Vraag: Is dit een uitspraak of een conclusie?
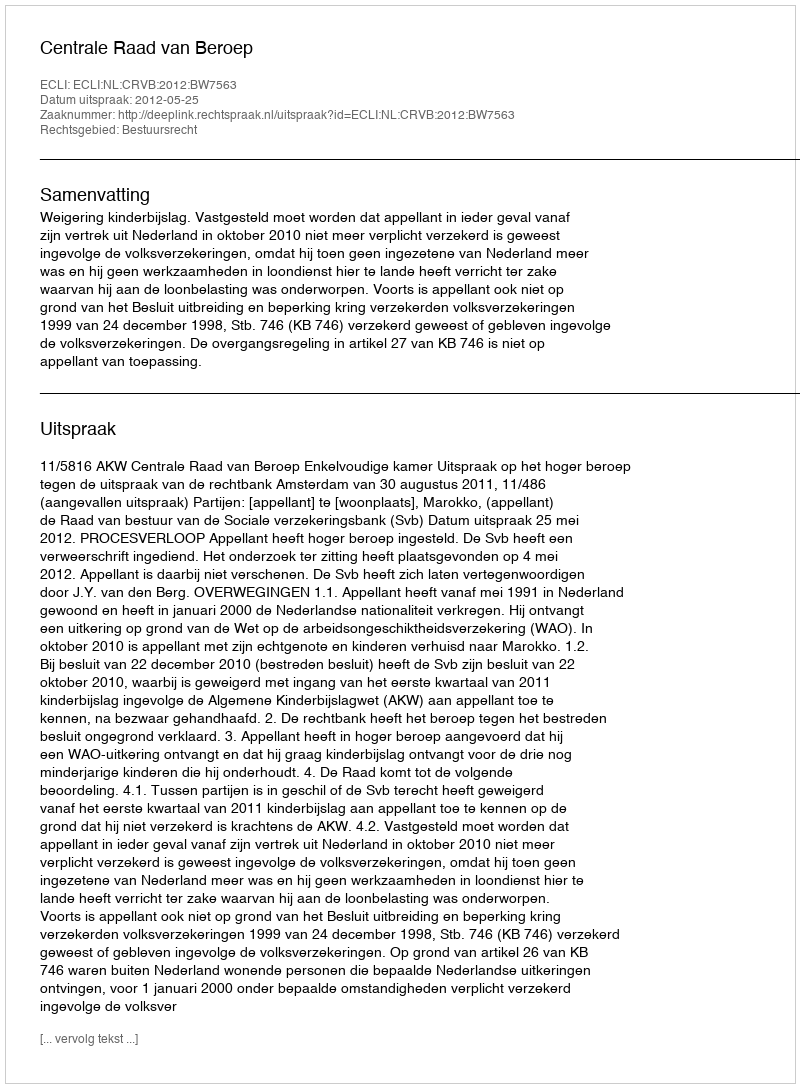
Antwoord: Uitspraak